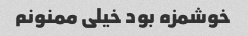
خوشمزه بود خیلی ممنونم